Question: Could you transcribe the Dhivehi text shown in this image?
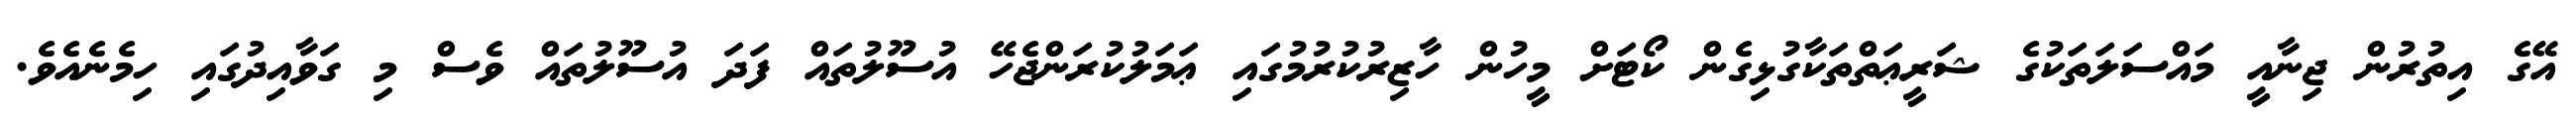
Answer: އޭގެ އިތުރުން ޖިނާއީ މައްސަލަތަކުގެ ޝަރީޢަތްތަކާގުޅިގެން ކޯޓަށް މީހުން ހާޒިރުކުރުމުގައި ޢަމަލުކުރަންޖެހޭ އުސޫލުތައް ފަދަ އުސޫލުތައް ވެސް މި ގަވާއިދުގައި ހިމެނެއެވެ.